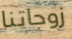
زوجاتنا